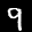
Label: 9